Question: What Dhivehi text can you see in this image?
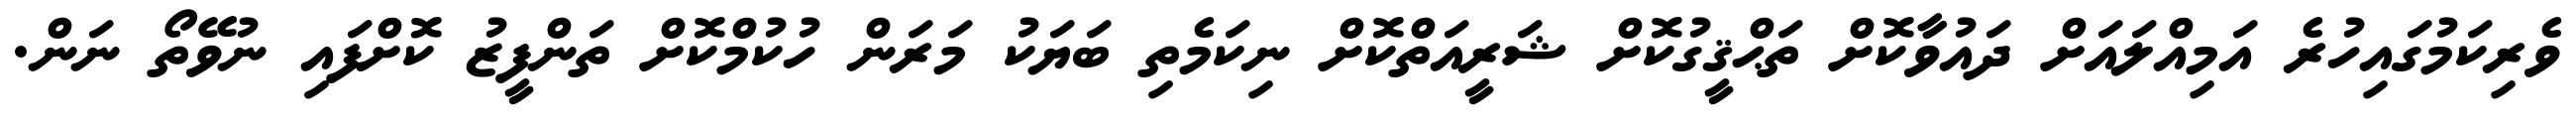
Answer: ވެރިކަމުގައިހުރެ އަމިއްލައަށް ދައުވާކޮށް ތަޙްޤީގުކޮށް ޝަރީއަތްކޮށް ނިކަމެތި ބަޔަކު މަރަން ހުކުމްކޮށް ތަންފީޒު ކޮށްފައި ނުވޭތޯ ނަން.